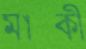
মাক্কী